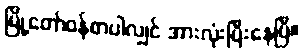
မြို့တော်ဝန်စာပါလျှင် အားလုံးပြီးနေပြီ။